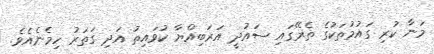
މަނާ ކުރި ގައުމުތަކުގެ ތެރޭގައި ސައުދީ އަރަބިއްޔާ ކުވައިތު އަދި ގަތަރު ހިމެނެއެވެ.